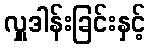
လှူဒါန်းခြင်းနှင့်